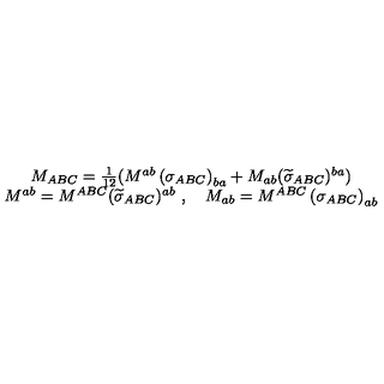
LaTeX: \begin{array} { c } { M _ { A B C } = \frac 1 { 1 2 } ( M ^ { a b } \left( \sigma _ { A B C } \right) _ { b a } + M _ { a b } ( \widetilde { \sigma } _ { A B C } ) ^ { b a } ) } \\ { M ^ { a b } = M ^ { A B C } ( \widetilde { \sigma } _ { A B C } ) ^ { a b } \ , \quad M _ { a b } = M ^ { A B C } \left( \sigma _ { A B C } \right) _ { a b } } \\ \end{array}